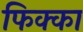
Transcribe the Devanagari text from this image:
फिक्का